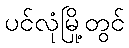
ပင်လုံမြို့တွင်